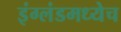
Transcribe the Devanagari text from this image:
इंग्लंडमध्येच